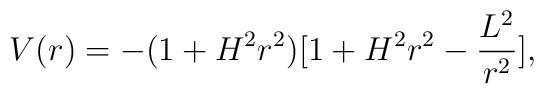
V(r)=-(1+H^2r^2)[1+H^2r^2-\frac{L^2}{r^2}],